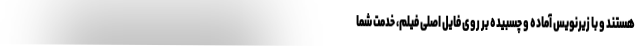
هستند و با زیرنویس آماده و چسبیده بر روی فایل اصلی فیلم، خدمت شما